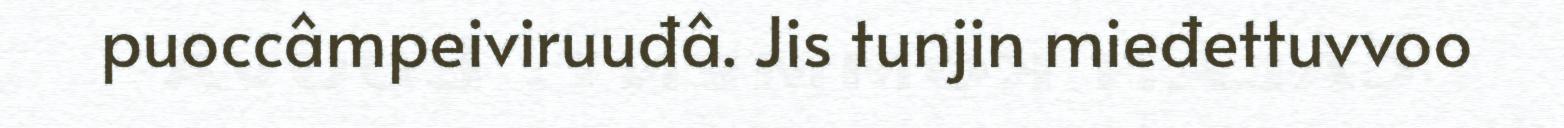
puoccâmpeiviruuđâ. Jis tunjin mieđettuvvoo